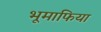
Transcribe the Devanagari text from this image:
भूमाफिया